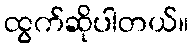
ထွက်ဆိုပါတယ်။